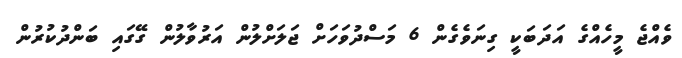
ވެއްޖެ މީހެއްގެ އަދަބަކީ ގިނަވެގެން 6 މަސްދުވަހަށް ޖަލަށްލުން އަރުވާލުން ގޭގައި ބަންދުކުރުން